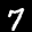
Label: 7